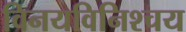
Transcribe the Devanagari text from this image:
विनयविनिश्चय